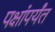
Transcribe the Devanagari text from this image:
पक्षांपर्यंत